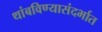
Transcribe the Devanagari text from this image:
थांबविण्यासंदर्भात